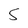
Character: 5